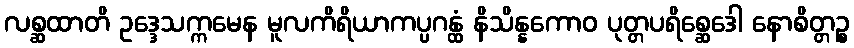
လစ္ဆထာတိ ဥဒ္ဒေသက္ကမေန မူလကိရိယာကပ္ပဂန္ထံ နိသိန္နကောဝ ပုတ္တပရိစ္ဆေဒေါ နောစိတ္တဉ္စ